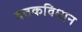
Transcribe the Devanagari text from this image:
दत्तकविधान